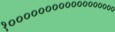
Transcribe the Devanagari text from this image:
१००००००००००००००००००